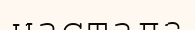
настала